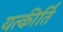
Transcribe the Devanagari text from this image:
यत्कीर्ति